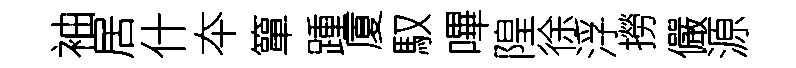
袖居什夲簞踵厦馭嗶隍徐浮撈儼源